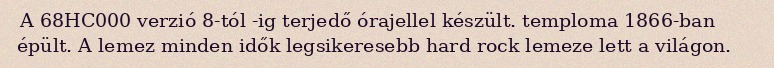
A 68HC000 verzió 8-tól -ig terjedő órajellel készült. temploma 1866-ban épült. A lemez minden idők legsikeresebb hard rock lemeze lett a világon.